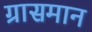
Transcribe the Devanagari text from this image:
ग्रासमान